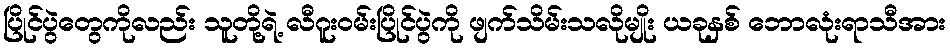
ပြိုင်ပွဲတွေကိုလည်း သူတို့ရဲ့ လီဂူးဝမ်းပြိုင်ပွဲကို ဖျက်သိမ်းသလိုမျိုး ယခုနှစ် ဘောလုံးရာသီအား